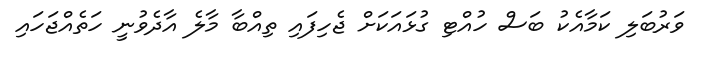
ވަރުބަލި ކަމާއެކު ބަސް ހުއްޓި ގުޅައަކަށް ޖެހިފައި ތިއްބާ މާލެ އާދެވުނީ ހަތެއްޖަހައި